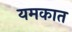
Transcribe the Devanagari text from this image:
यमकात